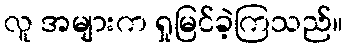
လူ အများက ရှုမြင်ခဲ့ကြသည်။